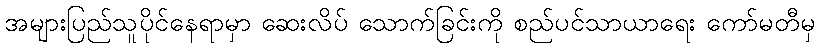
အများပြည်သူပိုင်နေရာမှာ ဆေးလိပ် သောက်ခြင်းကို စည်ပင်သာယာရေး ကော်မတီမှ